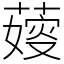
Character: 𦺋